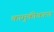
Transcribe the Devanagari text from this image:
कामुकीकरण